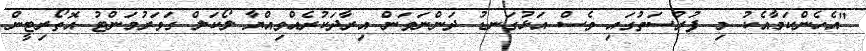
"އެހެންކަމާއެކު މި ފުރުސަތުގައި ވެސް އަޅުގަނޑު ދަންނަވަން އިރާދަކުރެއްވިއްޔާ ލޯކަލް ގަވަރުމަންޓު އޮތޯރިޓީން